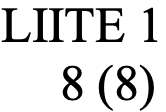
LIITE 1 8 (8)